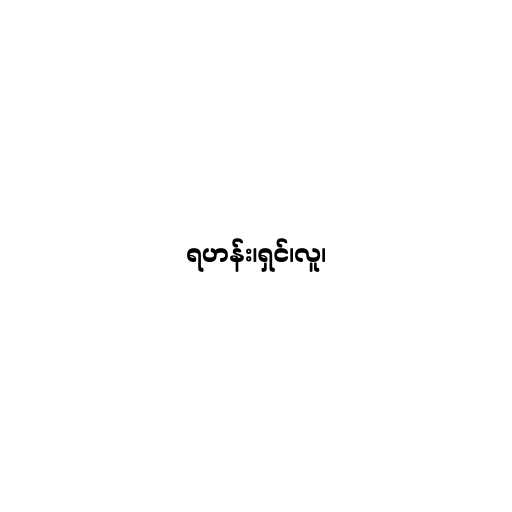
ရဟန်း၊ရှင်၊လူ၊